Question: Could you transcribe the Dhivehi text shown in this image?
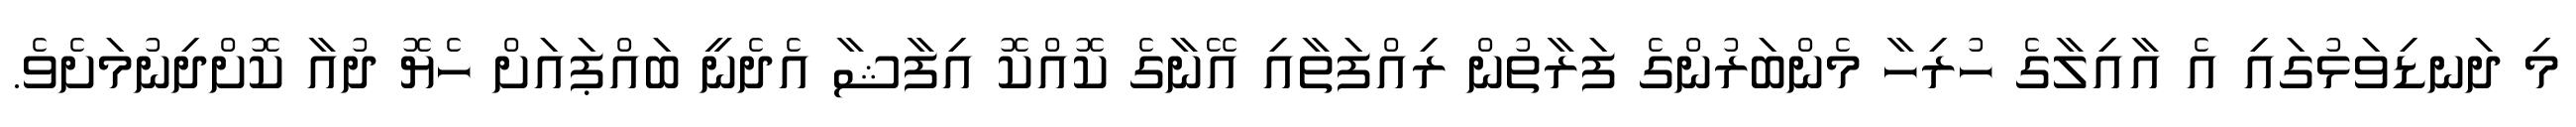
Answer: މި ދަނޑިވަޅުގައި އެ އާއިލާގެ ހުރިހާ މެންބަރުންގެ ފަރާތުން ރިއްފަތާއި އޭނާގެ ކޮއްކޮ އިފާޝާ އެދެނީ ބައްޕައަށް ހެޔޮ ދުއާ ކޮށްދިނުމަށެވެ.